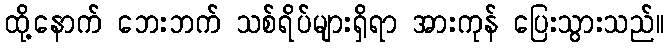
ထို့နောက် ဘေးဘက် သစ်ရိပ်များရှိရာ အားကုန် ပြေးသွားသည်။